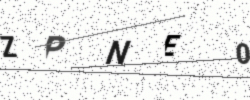
Text: ZPNE0